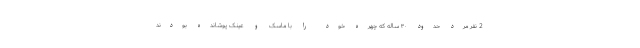
2 نفر مرد حدود ۳۰ ساله که چهره خود را با ماسک و عینک پوشانده بودند